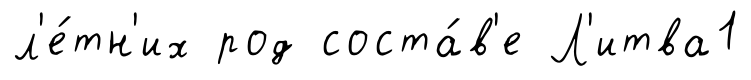
л'е́тн'их род соста́в'е Л'итва1